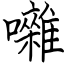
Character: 囃